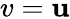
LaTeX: v=\mathbf{u}